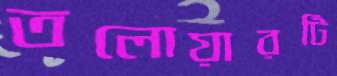
তলোয়ারটি